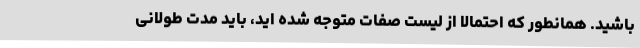
باشید. همانطور که احتمالاً از لیست صفات متوجه شده اید، باید مدت طولانی